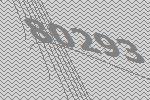
80293